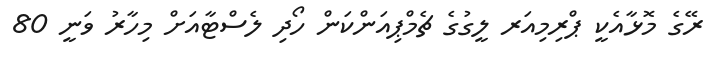
ރޭގެ މޮޅާއެކީ ޕްރިމިއަރ ލީގުގެ ޗެމްޕިއަންކަން ހޯދި ލެސްޓާއަށް މިހާރު ވަނީ 80